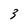
Character: 3